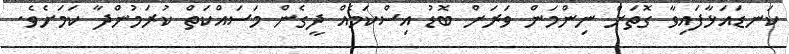
ކަނޑައަޅާފައިވާ ގޮތަށް ނިންމަން ވަރަށް ބޮޑު އިސްކަމެއް ދީގެން މަސައްކަތް ކުރަމުންދާ ކަމަށެވެ.